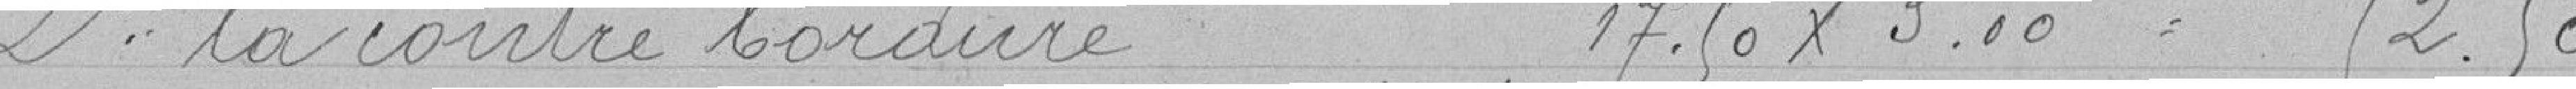
2° la contre bordure 17.50 x 3.00 = 52.50